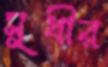
সুধীর